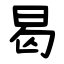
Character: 曷